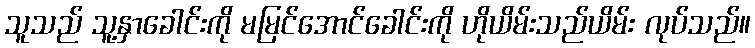
သူသည် သူ့နှာခေါင်းကို မမြင်အောင်ခေါင်းကို ဟိုယိမ်းသည်ယိမ်း လုပ်သည်။